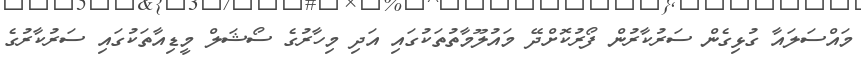
މައްސަލައާ ގުޅިގެން ސަރުކާރުން ފޯރުކޮށްދޭ މައުލޫމާތުތަކުގައި އަދި މިހާރުގެ ސޯޝަލް މީޑިއާތަކުގައި ސަރުކާރުގެ